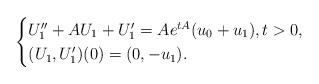
LaTeX: \begin{align*}\begin{cases}U_1''+AU_1+U_1'=Ae^{tA}(u_0+u_1), t>0,\\(U_1,U_1')(0)=(0,-u_1).\end{cases}\end{align*}